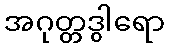
အဂုတ္တဒွါရော